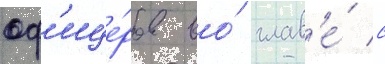
оф'ице́ров во́ глав'е́ с